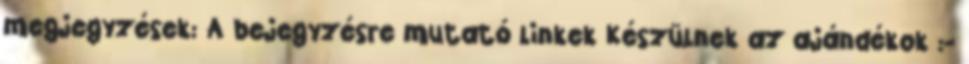
megjegyzések: A bejegyzésre mutató linkek Készülnek az ajándékok :-